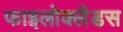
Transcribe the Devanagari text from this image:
फाइलोक्लैडस